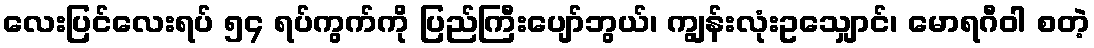
လေးပြင်လေးရပ် ၅၄ ရပ်ကွက်ကို ပြည်ကြီးပျော်ဘွယ်၊ ကျွန်းလုံးဥသျှောင်၊ မောရဂီဝါ စတဲ့